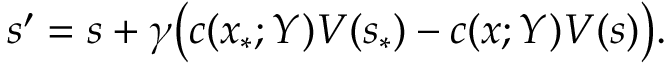
s ^ { \prime } = s + \gamma \bigl ( c ( x _ { \ast } ; Y ) V ( s _ { \ast } ) - c ( x ; Y ) V ( s ) \bigr ) .